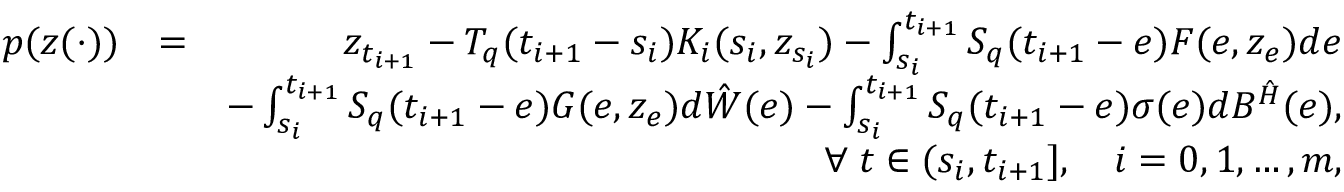
\begin{array} { r l r } { p ( z ( \cdot ) ) } & { = } & { z _ { t _ { i + 1 } } - { \cal T } _ { q } ( t _ { i + 1 } - s _ { i } ) { \cal K } _ { i } ( s _ { i } , z _ { s _ { i } } ) - \int _ { s _ { i } } ^ { t _ { i + 1 } } { \cal S } _ { q } ( t _ { i + 1 } - e ) { \cal F } ( e , z _ { e } ) d e } \\ & { } & { - \int _ { s _ { i } } ^ { t _ { i + 1 } } { \cal S } _ { q } ( t _ { i + 1 } - e ) { \cal G } ( e , z _ { e } ) d \hat { \cal W } ( e ) - \int _ { s _ { i } } ^ { t _ { i + 1 } } { \cal S } _ { q } ( t _ { i + 1 } - e ) \sigma ( e ) d { \cal B } ^ { \hat { \cal H } } ( e ) , } \\ & { } & { \forall \; t \in ( s _ { i } , t _ { i + 1 } ] , \quad i = 0 , 1 , \ldots , m , } \end{array}